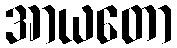
အာယတော